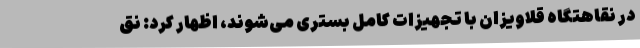
در نقاهتگاه قلاویزان با تجهیزات کامل بستری می‌شوند، اظهار کرد: نق